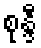
စုန္ဒီ